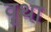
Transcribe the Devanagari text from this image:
वॄथा